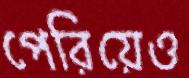
পেরিয়েও